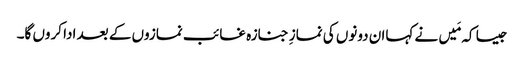
جیسا کہ مَیں نے کہاان دونوں کی نمازِ جنازہ غائب نمازوں کے بعد ادا کروں گا۔